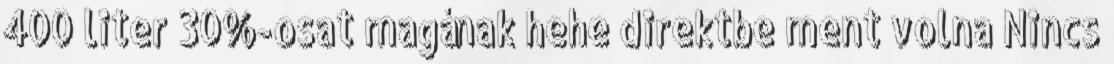
400 liter 30%-osat magának hehe direktbe ment volna Nincs